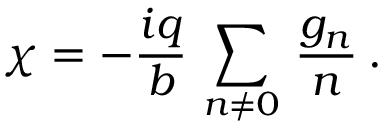
\chi = - \frac { i q } { b } \, \sum _ { n \not = 0 } \, \frac { g _ { n } } { n } \: .